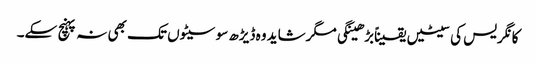
کانگریس کی سیٹیں یقیناًبڑھینگی مگرشاید وہ ڈیڑھ سو سیٹوں تک بھی نہ پہنچ سکے۔